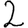
Digit: 2